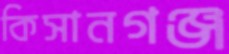
কিসানগঞ্জ